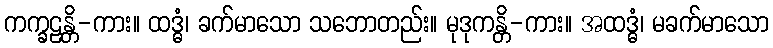
ကက္ခဠန္တိ-ကား။ ထဒ္ဓံ၊ ခက်မာသော သဘောတည်း။ မုဒုကန္တိ-ကား။ အထဒ္ဓံ၊ မခက်မာသော